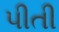
પીતી